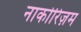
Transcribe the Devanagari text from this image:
नार्कोरिज़म